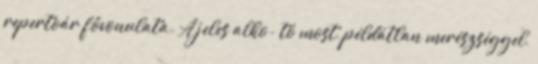
repertoár fővonulata. A jeles alko- tó most, példátlan merészséggel,